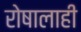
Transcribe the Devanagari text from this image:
रोषालाही